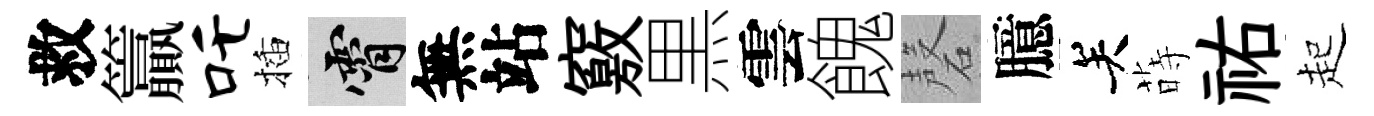
救籯吒插霄無站竅黒雲餽磬臆关蒔祐起